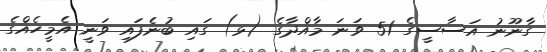
ގާނޫނު އަސާސީގެ 51 ވަނަ މާއްދާގެ (ޅ) ގައި ބުނެފައި ވަނީ އެމީހެއްގެ